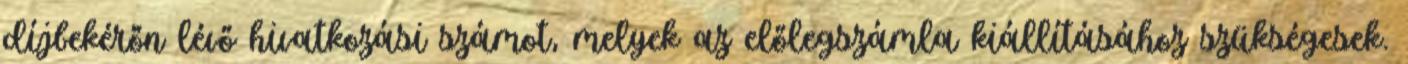
díjbekérőn lévő hivatkozási számot, melyek az előlegszámla kiállításához szükségesek.